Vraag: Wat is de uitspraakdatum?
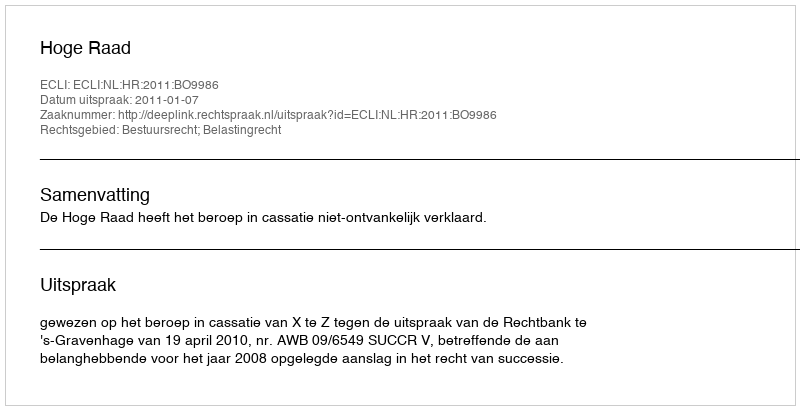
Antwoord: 2011-01-07